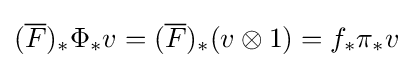
({\overline {F}})_{*}\Phi _{*}v=({\overline {F}})_{*}(v\otimes 1)=f_{*}\pi _{*}v